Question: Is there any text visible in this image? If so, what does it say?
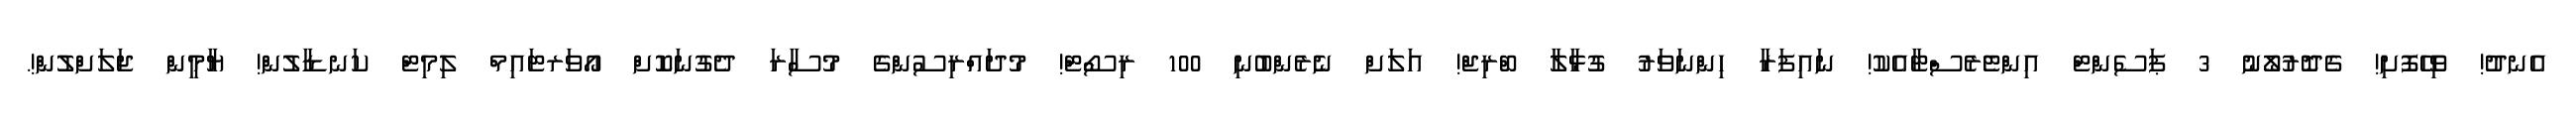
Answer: އެނދު! ވިހޭފޮށި! ގެދޮރުލޯނު 3 ޕަސެންޓް އިންޓެރެސްޓާއެކު! ނައިފަރާ ހިންނަވަރު ގުޅާލާ ބްރިޖް! އަލަށް ނެރެންބުނި 100 ރިސޯޓް! މުދައްރިސުންގެ މުސާރަ ދެގުނަކޮށް އޯވަރޓައިމް ލިމިޓް ކަނޑާލުން! ޔާމީން ޖަލަށްލުން!.